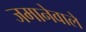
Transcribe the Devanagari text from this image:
जमानेवाले